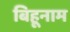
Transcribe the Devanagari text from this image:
बिहूनाम